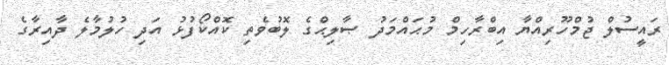
ރައީސުލް ޖުމްހޫރިއްޔާ އިބްރާހިމް މުޙައްމަދު ޞާލިޙްގެ ލޮބުވެތި ކޮއްކޯފުޅު އަދި ހުލުމާލެ ދާއިރާގެ